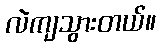
လဲကျသွားတယ်။